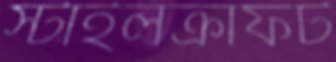
স্টাইলক্রাফট